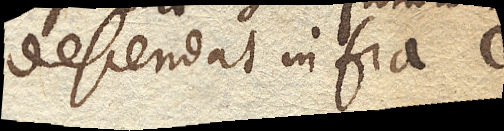
descendat infra C.